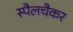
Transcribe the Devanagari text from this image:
स्पैलचैकर